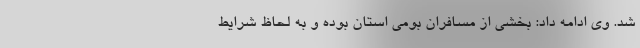
شد. وی ادامه داد: بخشی از مسافران بومی استان بوده و به لحاظ شرایط